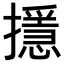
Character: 𢷍